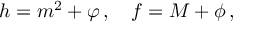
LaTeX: h = m ^ { 2 } + \varphi \, , \quad f = M + \phi \, ,